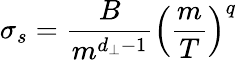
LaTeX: \sigma_{s}=\frac{B}{m^{d_{\perp}-1}}\left(\frac{m}{T}\right)^{q}